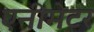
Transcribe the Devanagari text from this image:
एनीमेटर